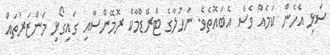
ސަޅި އެހެން ކަމެއް ވެސް އެބައޮތެވެ. ނަހުލާގެ ޓްރޭޑްމާކް ރޮމޭންސާއި ގައިގޯޅި މަންޒަރުތައް